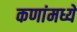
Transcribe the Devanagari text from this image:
कणांमध्ये